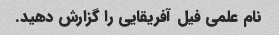
نام علمی فیل آفریقایی را گزارش دهید.